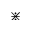
\divideontimes